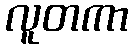
လူတကာ